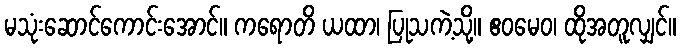
မသုံးဆောင်ကောင်းအောင်။ ကရောတိ ယထာ၊ ပြုသကဲ့သို့။ ဧဝမေဝ၊ ထိုအတူလျှင်။